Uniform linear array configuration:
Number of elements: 48
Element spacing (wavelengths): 1
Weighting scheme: hann
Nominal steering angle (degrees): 60
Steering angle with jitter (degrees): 60.572
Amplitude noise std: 0.05
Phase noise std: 0.05

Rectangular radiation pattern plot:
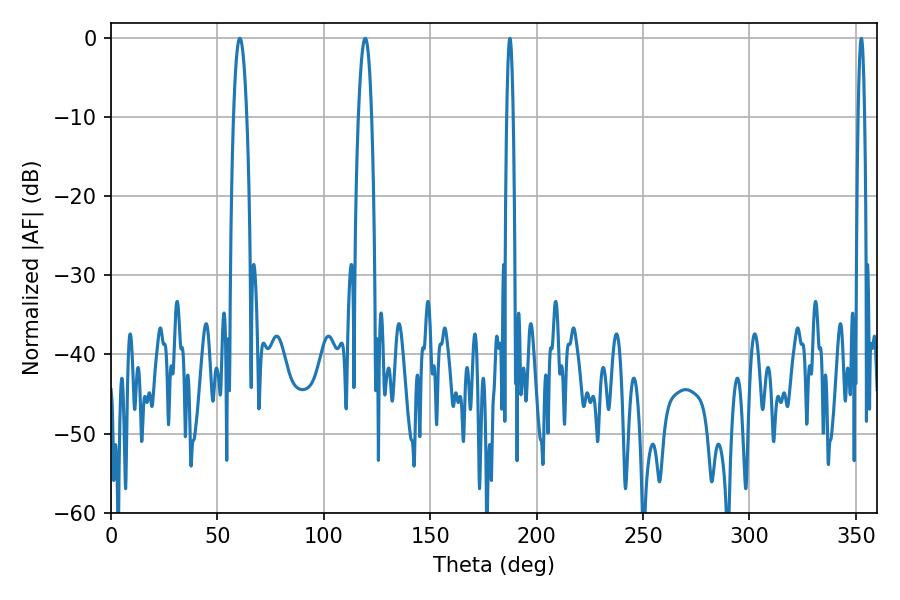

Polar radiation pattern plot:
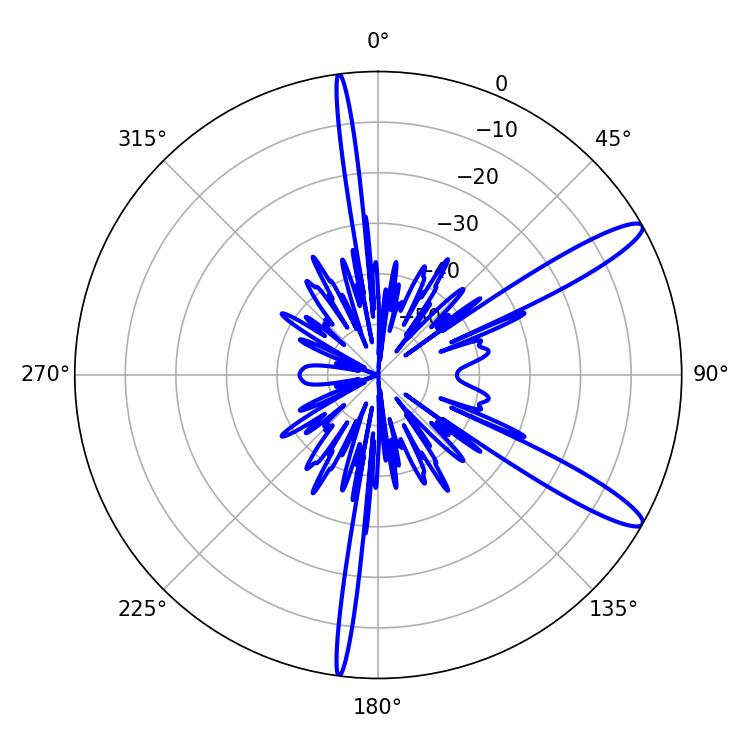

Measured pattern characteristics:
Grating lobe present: TRUE
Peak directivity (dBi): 12.781
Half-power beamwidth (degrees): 3.42
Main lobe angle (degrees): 60.48